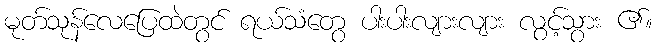
မုတ်သုန်လေပြေထဲတွင် ရယ်သံတွေ ပါးပါးလျားလျား လွင့်သွား ၏။